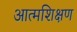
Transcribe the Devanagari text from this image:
आत्मशिक्षण